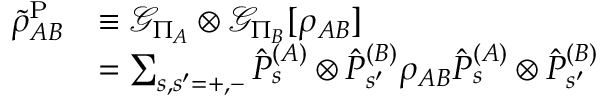
\begin{array} { r l } { \tilde { \rho } _ { A B } ^ { \mathrm { P } } } & { \equiv \mathcal { G } _ { \Pi _ { A } } \otimes \mathcal { G } _ { \Pi _ { B } } [ \rho _ { A B } ] } \\ & { = \sum _ { s , s ^ { \prime } = + , - } \hat { P } _ { s } ^ { ( A ) } \otimes \hat { P } _ { s ^ { \prime } } ^ { ( B ) } \rho _ { A B } \hat { P } _ { s } ^ { ( A ) } \otimes \hat { P } _ { s ^ { \prime } } ^ { ( B ) } } \end{array}